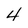
Character: 4